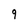
Character: g